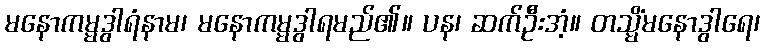
မနောကမ္မဒွါရံနာမ၊ မနောကမ္မဒွါရမည်၏။ ပန၊ ဆက်ဦးအံ့။ တသ္မိံမနောဒွါရေ၊